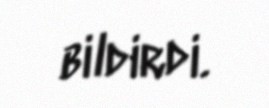
bildirdi.